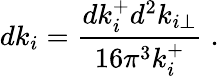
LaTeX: dk_{i}={\frac{dk_{i}^{+}d^{2}k_{i\perp}}{16\pi^{3}k_{i}^{+}}}\; .